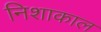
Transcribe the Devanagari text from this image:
निशाकाल